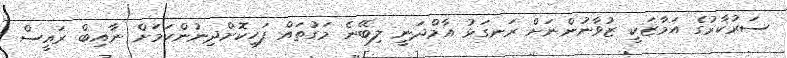
ސަރުކާރުގެ އަމާޒަކީ ޒުވާނުންނަށް ރަނގަޅު އާމްދަނީ ލިބޭނެ މަގުތައް ފަހިކޮށްދިނުންކަމަށް ނާއިބް ރައީސް